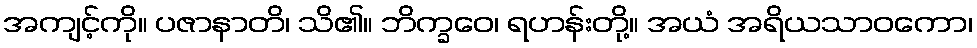
အကျင့်ကို။ ပဇာနာတိ၊ သိ၏။ ဘိက္ခဝေ၊ ရဟန်းတို့။ အယံ အရိယသာဝကော၊